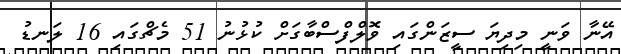
އޭނާ ވަނީ މިދިޔަ ސީޒަންގައި ވޮލްފްސްބާގަށް ކުޅުނު 51 މެޗްގައި 16 ލަނޑު